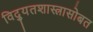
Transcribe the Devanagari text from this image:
विद्युतशास्त्रासोबत